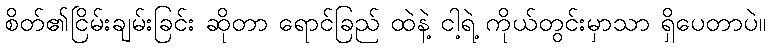
စိတ်၏ငြိမ်းချမ်းခြင်း ဆိုတာ ရောင်ခြည် ထဲနဲ့ ငါ့ရဲ့ ကိုယ်တွင်းမှာသာ ရှိပေတာပဲ။